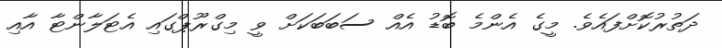
ދަތުރުކޮށްފައެވެ. މީގެ އެންމެ ބޮޑު އެއް ސަބަބަކަށް ވީ މިގްރޫޕްގައި އެޓަލާންޓާ އާއި